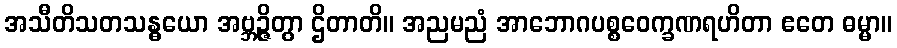
အသီတိသတသန္ဓယော အဗ္ဘဉ္ဇိတွာ ဌိတာတိ။ အညမညံ အာဘောဂပစ္စဝေက္ခဏရဟိတာ ဧတေ ဓမ္မာ။